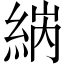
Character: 𦀼